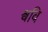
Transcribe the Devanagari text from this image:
श्ववि